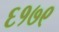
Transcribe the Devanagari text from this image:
६१७९